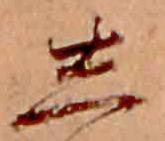
し